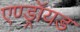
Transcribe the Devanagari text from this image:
एण्ड्रॉयड